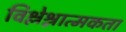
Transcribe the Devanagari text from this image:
विश्लेश्नात्मकता